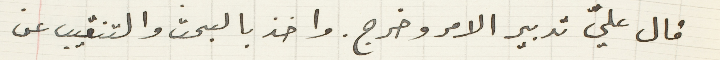
قال عليّ تدبير الامر وخرج. واخذ بالبحث والتنقيب عن